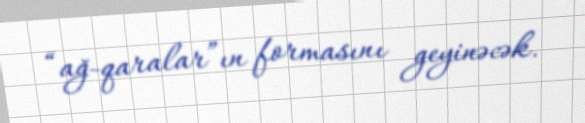
“ağ-qaralar”ın formasını geyinəcək.